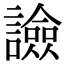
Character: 譣